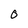
Character: O